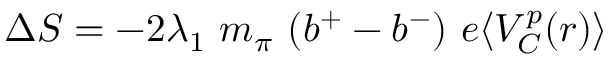
\Delta S = - 2 \lambda _ { 1 } \ m _ { \pi } \ ( b ^ { + } - b ^ { - } ) \ e \langle V _ { C } ^ { p } ( r ) \rangle